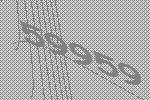
59959